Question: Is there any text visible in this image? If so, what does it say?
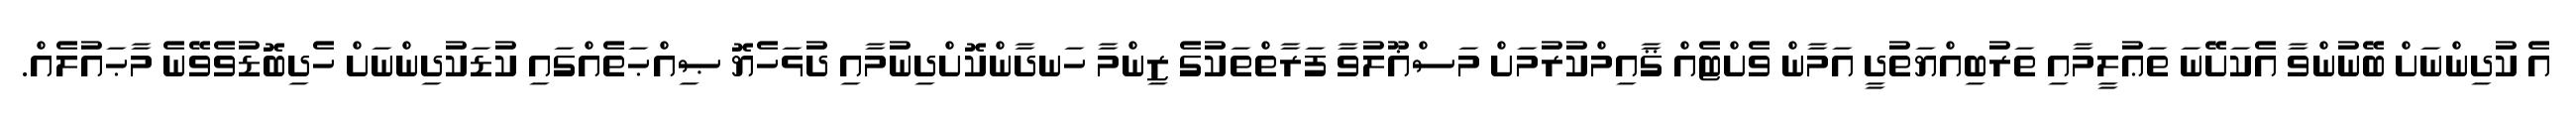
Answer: އެ ކުދިންނަށް ބޭނުންވާ އެކަށޭނަ ތަޢުލީމާއި ތަރުބިއްޔަތުދީ އަމާން ވެށްޓެއް ޤާއިމްކުރުމަށް މަސްޣޫލުވާ ފަރާތްތަކުގެ ޒިންމާ ހަނދާންކޮށްދިނުމާއި ދުޅަހެޔޮ ޞިއްޙަތެއްގައި ކުޑަކުދިންނަށް ހެދިބޮޑުވެވޭނެ މާޙައުލެއް.